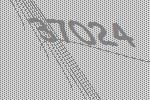
37024